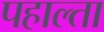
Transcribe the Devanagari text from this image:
पहाल्ता